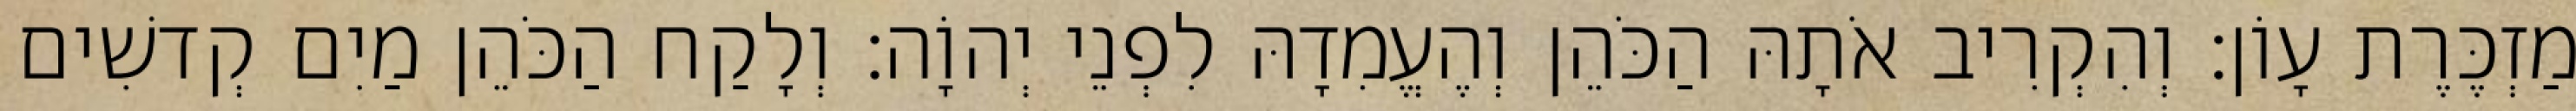
מַזְכֶּרֶת עָוֹן׃ וְהִקְרִיב אֹתָהּ הַכֹּהֵן וְהֶעֱמִדָהּ לִפְנֵי יְהוָֹה׃ וְלָקַח הַכֹּהֵן מַיִם קְדשִׁים